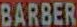
BARBER